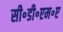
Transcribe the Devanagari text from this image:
सी॰डी॰एम॰ए